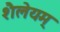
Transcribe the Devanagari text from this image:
शैलेयम्